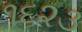
૧૬૨૩